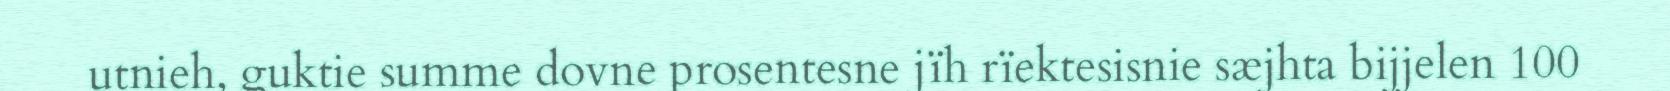
utnieh, guktie summe dovne prosentesne jïh rïektesisnie sæjhta bijjelen 100